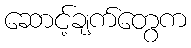
ဆောင့်ချက်တွေက